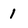
Character: 1